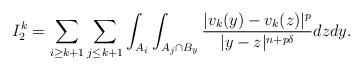
LaTeX: \begin{align*}I_2^k=\sum_{i\geq k+1}\sum_{j\leq k+1}\int_{A_i}\int_{A_j\cap B_y}\frac{|v_k(y)-v_k(z)|^p}{|y-z|^{n+p\delta}}dzdy.\end{align*}